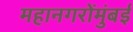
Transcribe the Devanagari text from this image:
महानगरोंमुंबई